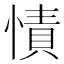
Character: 㥽